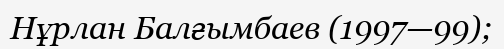
Нұрлан Балғымбаев (1997—99);